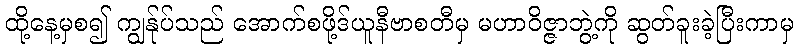
ထို့နေ့မှစ၍ ကျွန်ုပ်သည် အောက်စဖို့ဒ်ယူနီဗာစတီမှ မဟာဝိဇ္ဇာဘွဲ့ကို ဆွတ်ခူးခဲ့ပြီးကာမှ